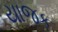
યાજક